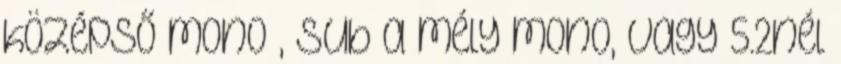
középső mono , Sub a mély mono, vagy 5.2nél